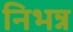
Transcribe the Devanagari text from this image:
निभन्न